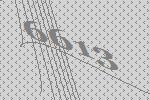
6613